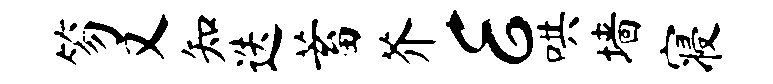
笏又知迭蓄芥E哄墙寝